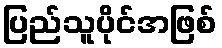
ပြည်သူပိုင်အဖြစ်